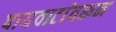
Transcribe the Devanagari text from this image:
पायवाटांवरून